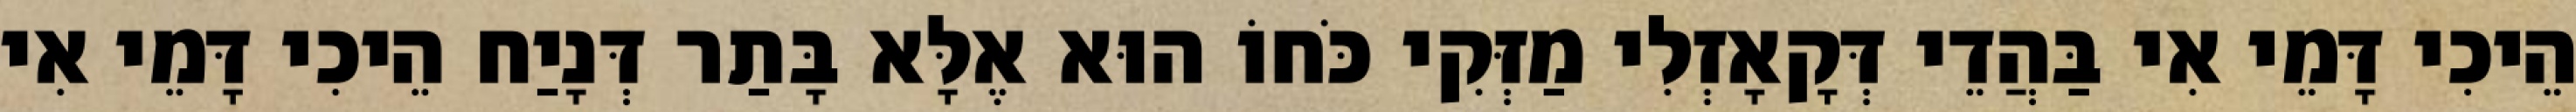
הֵיכִי דָּמֵי אִי בַּהֲדֵי דְּקָאָזְלִי מַזְּקִי כֹּחוֹ הוּא אֶלָּא בָּתַר דְּנָיַח הֵיכִי דָּמֵי אִי